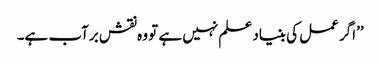
’’اگر عمل کی بنیاد علم نہیں ہے تو وہ نقش برآب ہے۔